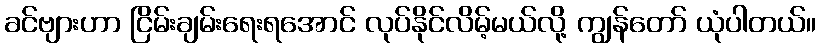
ခင်ဗျားဟာ ငြိမ်းချမ်းရေးရအောင် လုပ်နိုင်လိမ့်မယ်လို့ ကျွန်တော် ယုံပါတယ်။